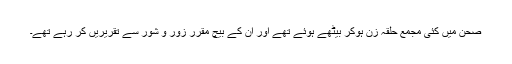
صحن میں کئی مجمع حلقہ زن ہوکر بیٹھے ہوئے تھے اور ان کے بیچ مقرر زور و شور سے تقریریں کر رہے تھے۔